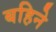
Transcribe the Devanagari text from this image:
बहिने